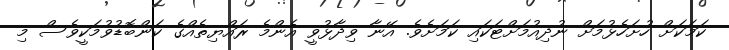
ކަމަކަށް ހުށަހެޅުމަށް ނުދިއުމަށްޓަކައި ކަމަށެވެ. އޭނާ ވިދާޅުވީ އެންމެ ރައްޔިތެއްގެ ކަންބޮޑުވުމަކީވެސް މި